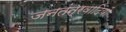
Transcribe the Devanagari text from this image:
जनतंत्रवादियों